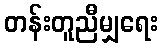
တန်းတူညီမျှရေး